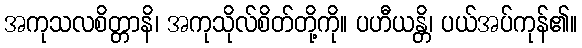
အကုသလစိတ္တာနိ၊ အကုသိုလ်စိတ်တို့ကို။ ပဟီယန္တိ၊ ပယ်အပ်ကုန်၏။